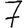
Digit: 7